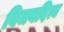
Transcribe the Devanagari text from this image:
विजयदित्य